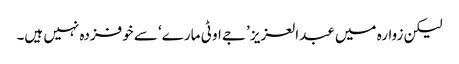
لیکن زوارہ میں عبدالعزیز ’جے او ٹی مارے‘ سے خوفزدہ نہیں ہیں۔